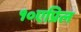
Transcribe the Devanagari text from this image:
१०एप्रिल